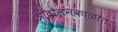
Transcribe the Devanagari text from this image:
आंदोलनकाळात